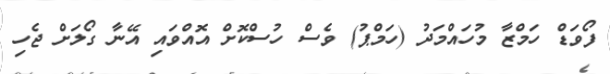
ފޯވަޑް ހަމްޒާ މުހައްމަދު (ހަމްޕު) ވެސް ހުސްކޮށް އޮއްވައި އޭނާ ގޯލަށް ޖެހި